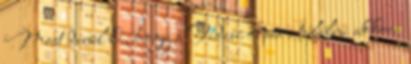
Most derül ki, hogy a Fidesz képes-e túlélni akkora